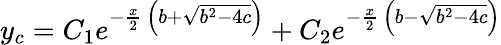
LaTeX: y_{c}=C_{1}e^{-{\frac{x}{2}}\, \left(b+{\sqrt{b^{2}-4c}}\right)}+C_{2}e^{-{\frac{x}{2}}\, \left(b-{\sqrt{b^{2}-4c}}\right)}